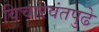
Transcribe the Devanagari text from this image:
विचारवंतपुढे